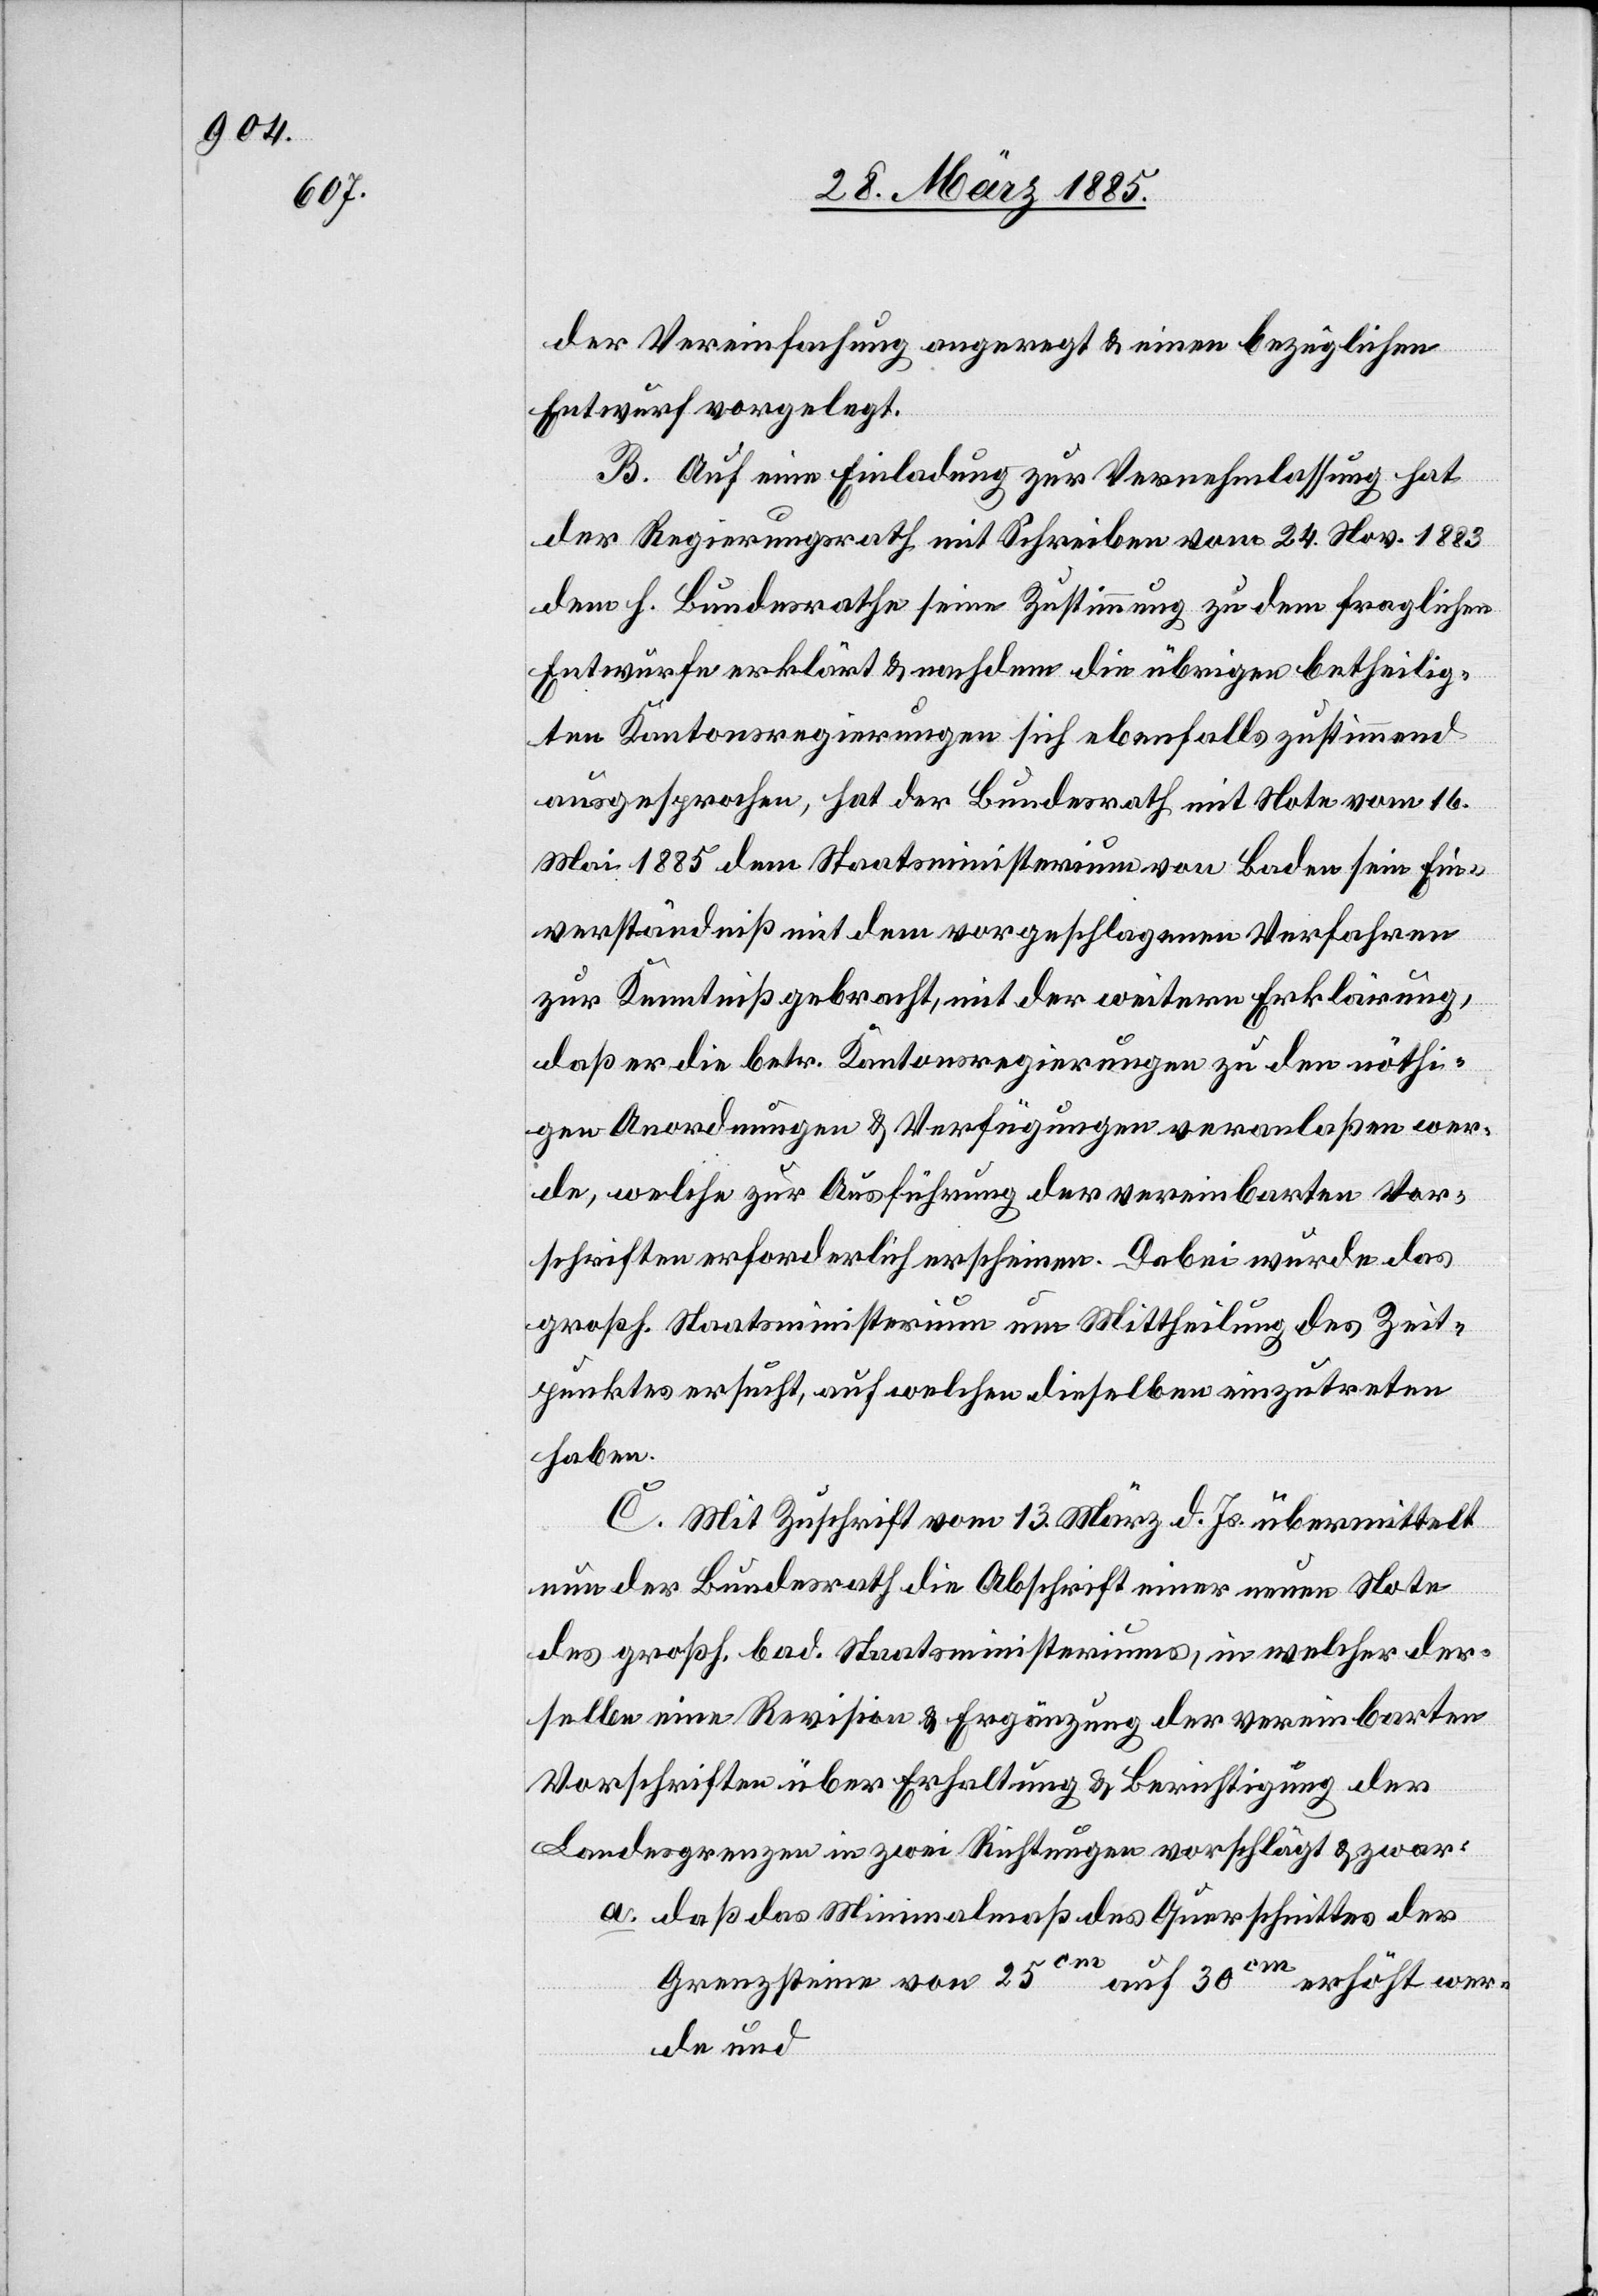
der Vereinfachung angeregt & einen bezüglichen
Entwurf vorgelegt.
B. Auf eine Einladung zur Vernehmlassung hat
der Regierungsrath mit Schreiben vom 24. Nov. 1883
dem h. Bundesrathe seine Zustimmung zu dem fraglichen
Entwurfe erklärt & nachdem die übrigen betheilig¬
ten Kantonsregierungen sich ebenfalls zustimmend
ausgesprochen, hat der Bundesrath mit Note vom 16.
Mai 1885 dem Staatsministerium von Baden sein Ein¬
verständniß mit dem vorgeschlagenen Verfahren
zur Kenntniß gebracht, mit der weitern Erklärung,
daß er die betr. Kantonsregierungen zu den nöthi¬
gen Anordnungen & Verfügungen veranlaßen wer¬
de, welche zur Ausführung der vereinbarten Vor¬
schriften erforderlich erscheinen. Dabei wurde das
großh. Staatsministerium um Mittheilung des Zeit¬
punktes ersucht, auf welchen dieselben einzutreten
haben.
C. Mit Zuschrift vom 13. März d. Js. übermittelt
nun der Bundesrath die Abschrift einer neuen Note
des großh. bad. Staatsministeriums, in welcher der¬
selbe eine Revision & Ergänzung der vereinbarten
Vorschriften über Erhaltung & Berichtigung der
Landesgrenzen in zwei Richtungen vorschlägt & zwar:
a. daß das Minimalmaß des Querschnittes der
Grenzsteine von 25cm auf 30cm erhöht wer¬
de und